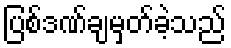
ပြစ်ဒဏ်ချမှတ်ခဲ့သည်